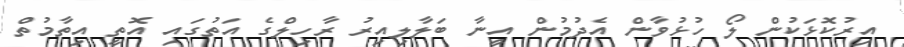
އިރުކޮޅަކުން ލޯ ހުޅުވާން އެދުމުން އީނާ ބަލާލިއިރު ރާހިލްގެ އަތުގައި އޮތީ އިތާމުތް